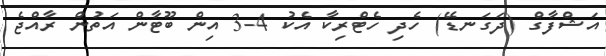
އަޝްފާގް (ދަގަނޑޭ) ހެދި ހެޓްރިކާ އެކު 4-3 އިން ބޫޓާން އަތުން ރާއްޖެ